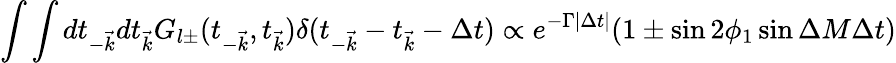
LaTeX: \int\int dt_{-\vec{k}}dt_{\vec{k}}G_{l\pm}(t_{-\vec{k}},t_{\vec{k}})\delta(t_{-\vec{k}}-t_{\vec{k}}-\Delta t)\propto e^{-\Gamma|\Delta t|}(1\pm\sin 2\phi_{1}\sin\Delta M\Delta t)